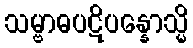
သမ္ဗာဓပဋိပန္နောသ္မိ